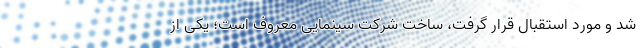
شد و مورد استقبال قرار گرفت، ساختِ شرکت سینمایی معروف است؛ یکی از